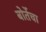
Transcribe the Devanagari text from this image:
बोर्तेचा